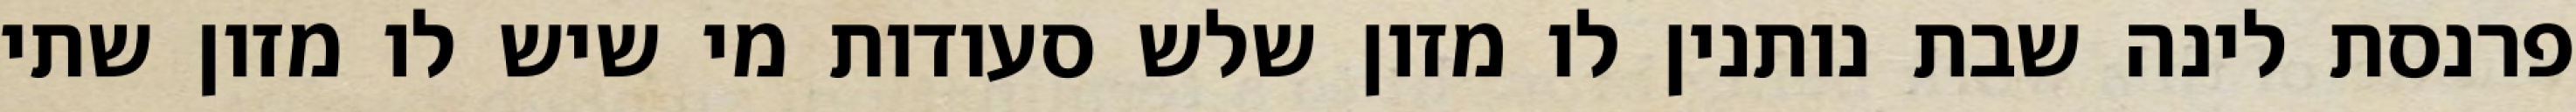
פרנסת לינה שבת נותנין לו מזון שלש סעודות מי שיש לו מזון שתי